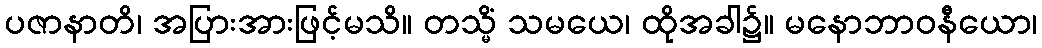
ပဇာနာတိ၊ အပြားအားဖြင့်မသိ။ တသ္မိံ သမယေ၊ ထိုအခါ၌။ မနောဘာဝနီယော၊